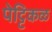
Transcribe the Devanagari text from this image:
पेट्टिकळ